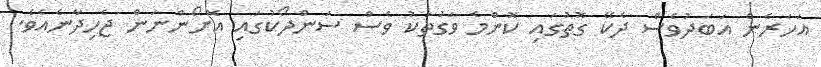
އަހަރެން އަބަދުވެސް ދެކޭ ގޮތުގައި ކޮންމެ ވަގުތަކު ވެސް ސަންދޯކުގައި އޮށޯންނަން ޖެހިދާނެއެވެ.